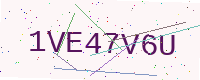
Text: 1VE47V6U